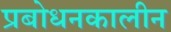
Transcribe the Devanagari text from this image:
प्रबोधनकालीन